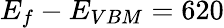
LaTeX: E_{f}-E_{VBM}=620